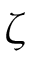
\zeta